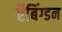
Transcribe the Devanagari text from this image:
ऍबिंग्डन